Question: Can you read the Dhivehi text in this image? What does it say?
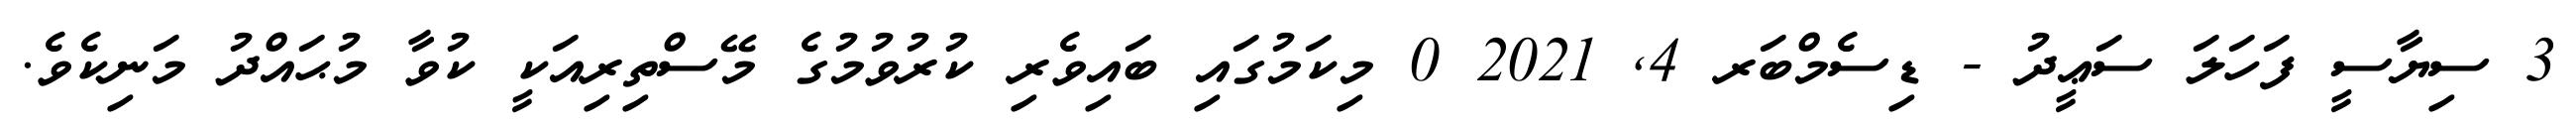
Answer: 3 ސިޔާސީ ފަހަލަ ސަޢީދު - ޑިސެމްބަރ 4, 2021 0 މިކަމުގައި ބައިވެރި ކުރުވުމުގެ މޭސްތިރިއަކީ ކުވާ މުޙައްދު މަނިކެވެ.